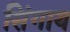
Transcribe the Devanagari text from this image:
सिंगाय